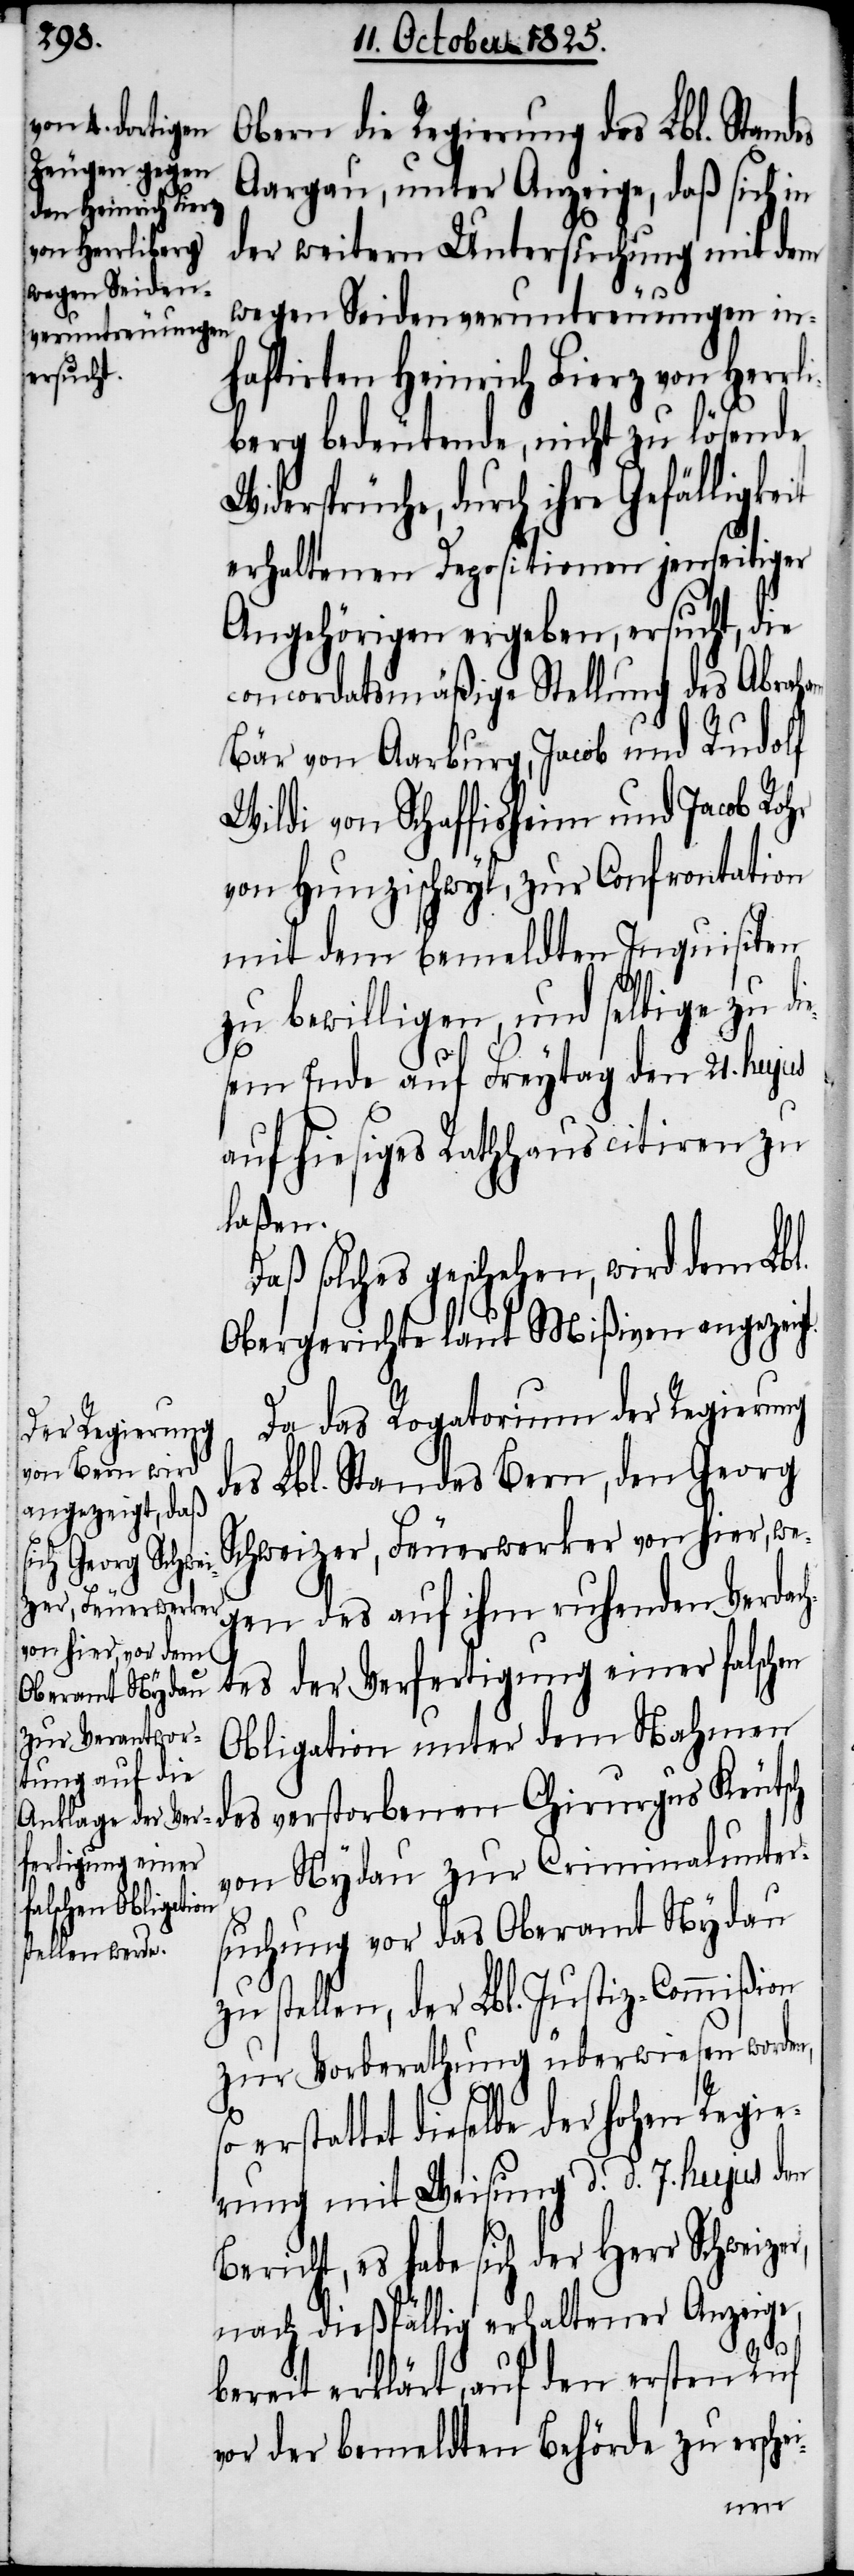
it
Obern die Regierung des Lbl. Standes
Aargau, unter Anzeige, daß sich in
der weitern Untersuchung mit dem
wegen Seidenveruntreuungen in¬
haftirten Heinrich Fierz von Herrl¬
iberg bedeutende, nicht zu lösende
Widerspruche, durch ihre Gefälligke¬
erhaltenen Depositionen jenseitiger
Angehörigen ergeben, ersucht, die
concordatsmäßige Stellung des Abraham
Bär von Aarburg, Jacob und Rudolf
Wildi von Schaffisheim und Jacob Rohr
von Hunzischwyl, zur Confrontation
mit dem bemeldten Inquisiten
zu bewilligen, und selbige zu di¬
esem Ende auf Freytag dem 21. hujus
auf hiesiges Rathaus citiren zu
laßen.
Daß solches geschehen, wird dem Lbl.
Obergerichte laut Mißiven angezeigt.
Da das Rogatorium der Regierung
des Lbl. Standes Bern, den Georg
Schweizer, Feuerwerker von hier, we¬
gen des auf ihm ruhenden Verdac¬
htes der Verfertigung einer falschen
Obligation unter dem Nahmen
von Nydau zur Criminalunter¬
suchung vor das Oberamt Nydau
stellen, der Lbl. Justiz-Commißion
zur Vorberathung überwiesen werden,
erstattet dieselbe der hohen Regie¬
rung mit Weisung d. d. 7. hujus den
Bericht, es habe sich der Herr Schweizer,
nach dießfällig erhaltener Anzeige,
bereit erklärt, auf den ersten Ruf
vor der bemeldten Behörde zu ersch¬
ei-